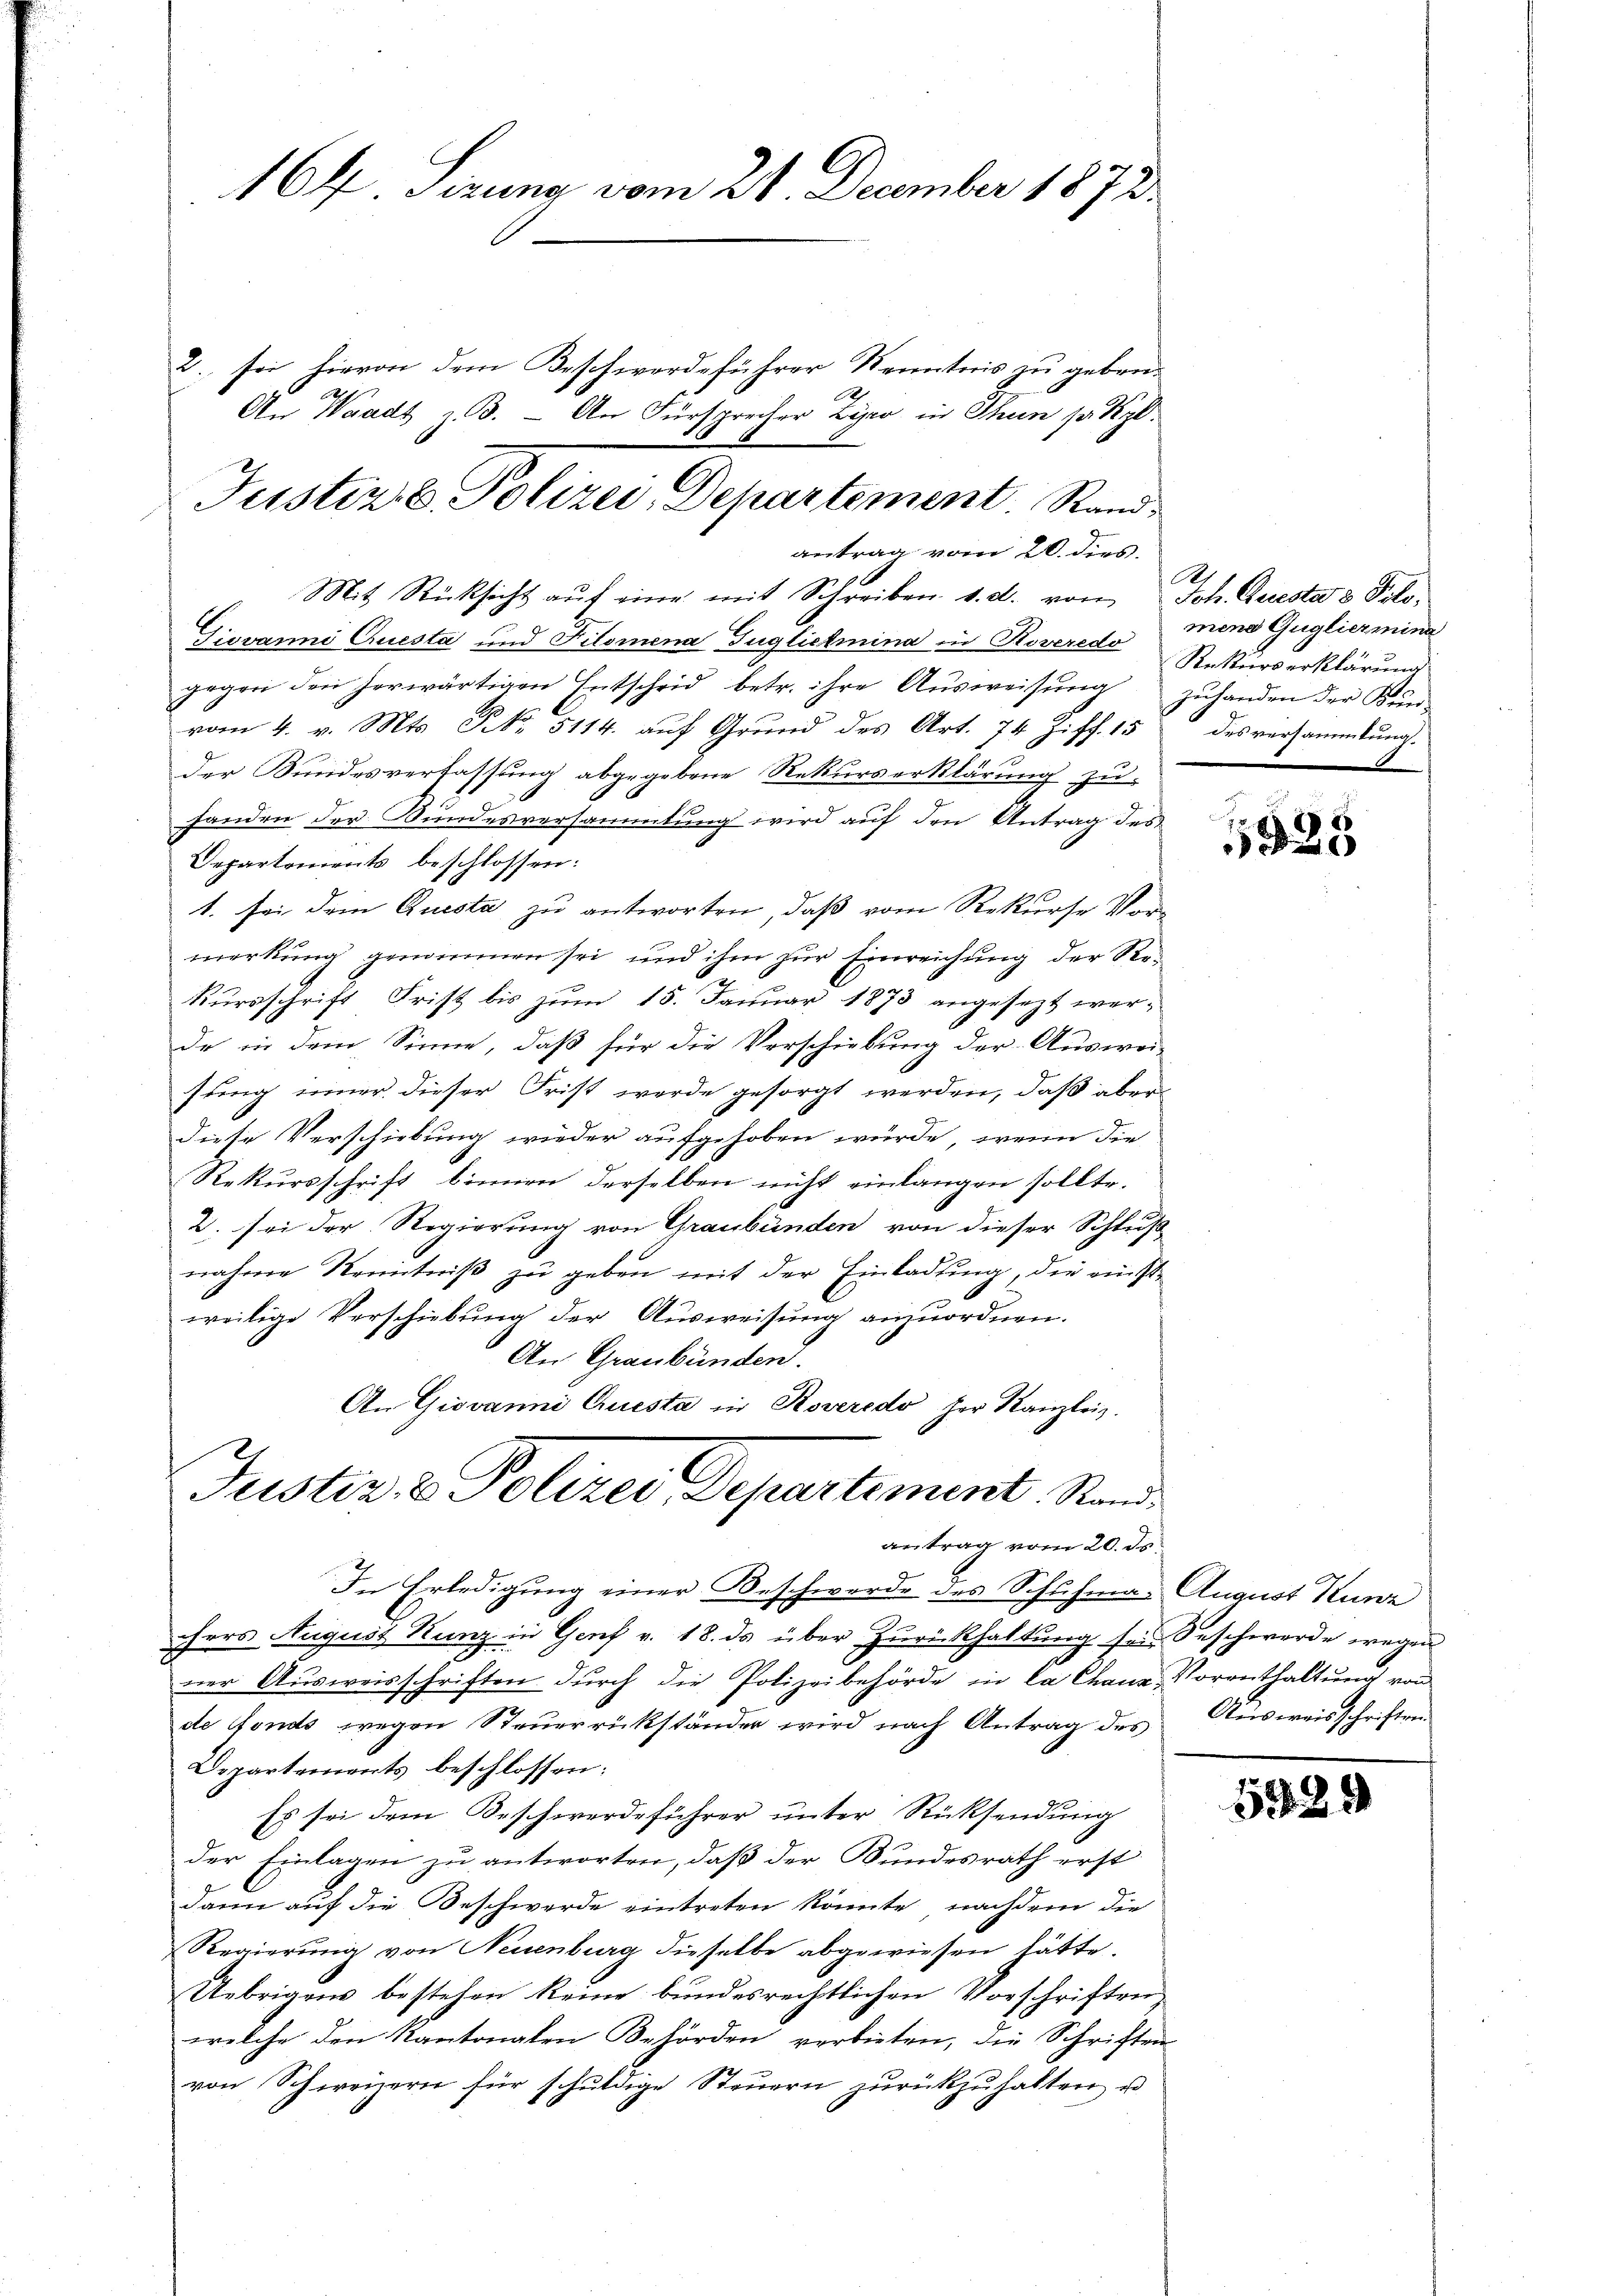
164 Sizung vom 21. December 1873.

2. sei hievon dem Beschwerdeführer Kenntnis zu geben.
h
An Waadt z. B. An Fürsprecher Zipo in Thun sa Kgl.
Mit Rücksicht aŭf eine mit Schreiben d. d. von
Giovanni Questa und Filomena Tuglietmina in Roveredo
gegen den herwärtigen Entscheid betr. ihre Ausweisung
vom 4. v. Mts. S. 5114. auf Grund des Art. 74 Ziff. 15 des versammlung
der Kundesverfassung abgegebene Rekurserklärung zu-
handen der Bundesversammlung wird auf den Antrag des
Departements beschlossen:
1. sei dem Questa zu antworten, daß vom Rekurse Vormerkung genommen sei, und ihm zur Einreichung der Rekursschrift Frist bis zum 15. Januar 1873 angesezt wer-
de in dem Sinne, daß für die Verschiebung der Auswei-
fung einer dieser Frist werde gesorgt werden, daß aber
diese Verschiebung wieder aufgehoben würde, wenn die
Rekursschrift binnen derselben nicht einlangen sollte.
2. sei der Regierung von Graubünden von dieser Schluß
nahme Kenntniß zu geben mit der Einladung, die einstweilige Verschiebung der Ausweisung anzuordnen.
An Graubünden.
An Giovanni Questa in Roveredo her Kanzlei.
Justiz- & Polizei, Departement. Rand

Justiz u. Polizei, Departement. Stand
antrag vom 20. dies

antrag vom 20. ds.
In Erledigung einer Beschwerde des Schuhma. August Kunz
hers August Kunz in Genf v. 18. ds über Zurückhaltung sei Beschwerde wegen
ner Ausweisschriften durch die Polizeibehörde in la Chaux- Vorenthaltung von
de Fonds wegen Steuerrückständer wird nach Antrag des Ausweisschriften
Departements beschlossen:
Es sei dem Beschwerdeführer unter Rücksendung
der Einlagen zu antworten, daß der Bundesrath erst
dann auf die Beschwerde eintreten könnte, nachdem die
Regierŭng von Neuenburg dieselbe abgewiesen hätte.
Uebrigens bestehen keine bundesrechtlichen Vorschriften,
welche den Kantonalen Behörden verbieten, die Schriften
von Schweizern für schuldige Steuern zurückzuhalten u.

A
Joh. Questa 8 Polo.
mena Gugliermina
Rekurserklärung
zuhanden der Bun¬

1525

5389